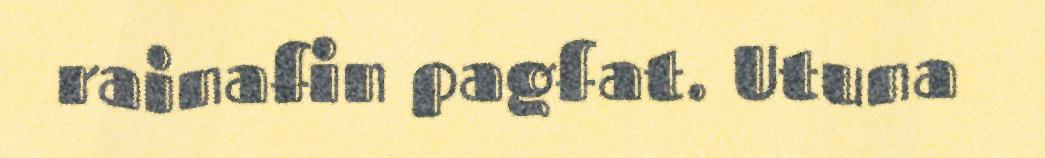
rainafin pagfat. Utuna